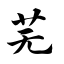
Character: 芜